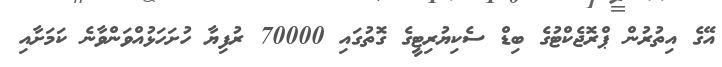
އޭގެ އިތުރުން ޕްރޮޖެކްޓުގެ ބިޑް ސެކިޔުރިޓީގެ ގޮތުގައި 70000 ރުފިޔާ ހުށަހަޅުއްވަންވާނެ ކަމަށާއި